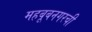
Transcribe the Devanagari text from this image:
महबूबनगरची